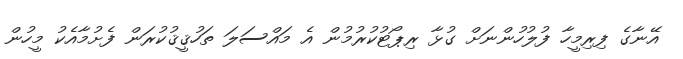
އޭނާގެ ފިރިމީހާ ފުލުހުންނަށް ގުޅާ ރިޕޯޓުކުރުމުން އެ މައްސަލަ ތަހުޤީޤުކުރަން ފެށުމާއެކު މީހުން